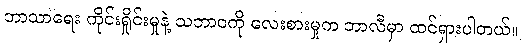
ဘာသာရေး ကိုင်းရှိုင်းမှုနဲ့ သဘာဝကို လေးစားမှုက ဘာလီမှာ ထင်ရှားပါတယ်။